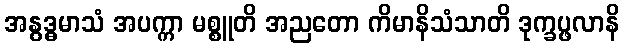
အနွဒ္ဓမာသံ အပက္ကာ မစ္စူတိ အညတော ကိမာနိသံသာတိ ဒုက္ခပ္ဖလာနိ